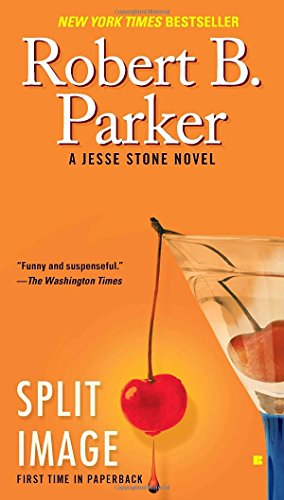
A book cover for Split Image (Jesse Stone); Robert B. Parker; Mystery, Thriller & Suspense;